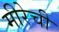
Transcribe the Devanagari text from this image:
मीरेची